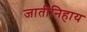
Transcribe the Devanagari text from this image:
जातीनिहाय